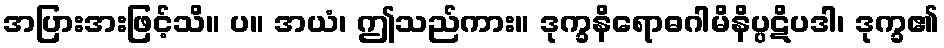
အပြားအးဖြင့်သိ။ ပ။ အယံ၊ ဤသည်ကား။ ဒုက္ခနိရောဓဂါမိနိပ္ပဋိပဒါ၊ ဒုက္ခ၏